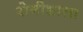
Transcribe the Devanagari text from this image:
रोगीशाला